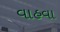
વાહવા